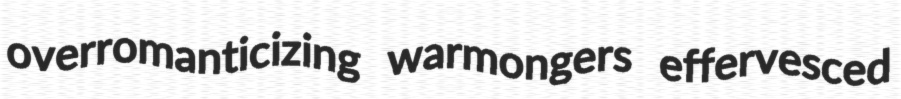
overromanticizing warmongers effervesced